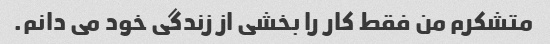
متشکرم من فقط کار را بخشی از زندگی خود می دانم.